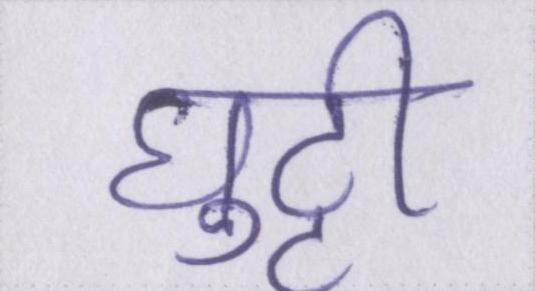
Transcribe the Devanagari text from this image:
घुट्टी